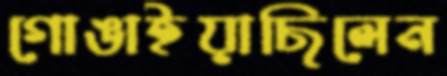
গোঙাইয়াছিলেন